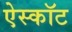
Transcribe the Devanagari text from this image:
ऐस्कॉट